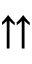
\upuparrows